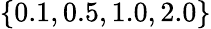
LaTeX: \{ 0.1,0.5,1.0,2.0\}